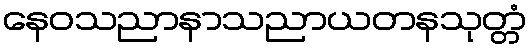
နေဝသညာနာသညာယတနသုတ္တံ